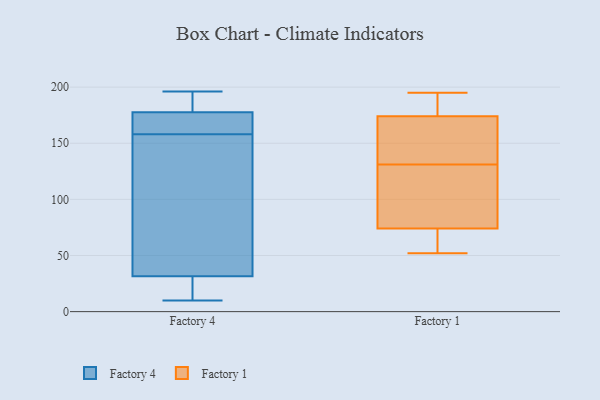
{"axis": {"x": "Temperature (°C)", "y": "Value"}, "legend": ["Factory 1", "Factory 4"], "data": [{"x": "", "y": 171, "type": "Factory 4"}, {"x": "", "y": 38, "type": "Factory 4"}, {"x": "", "y": 10, "type": "Factory 4"}, {"x": "", "y": 195, "type": "Factory 4"}, {"x": "", "y": 159, "type": "Factory 4"}, {"x": "", "y": 22, "type": "Factory 4"}, {"x": "", "y": 191, "type": "Factory 4"}, {"x": "", "y": 163, "type": "Factory 4"}, {"x": "", "y": 127, "type": "Factory 4"}, {"x": "", "y": 196, "type": "Factory 4"}, {"x": "", "y": 184, "type": "Factory 4"}, {"x": "", "y": 159, "type": "Factory 4"}, {"x": "", "y": 112, "type": "Factory 4"}, {"x": "", "y": 157, "type": "Factory 4"}, {"x": "", "y": 25, "type": "Factory 4"}, {"x": "", "y": 23, "type": "Factory 4"}, {"x": "", "y": 146, "type": "Factory 1"}, {"x": "", "y": 64, "type": "Factory 1"}, {"x": "", "y": 64, "type": "Factory 1"}, {"x": "", "y": 84, "type": "Factory 1"}, {"x": "", "y": 195, "type": "Factory 1"}, {"x": "", "y": 111, "type": "Factory 1"}, {"x": "", "y": 186, "type": "Factory 1"}, {"x": "", "y": 149, "type": "Factory 1"}, {"x": "", "y": 116, "type": "Factory 1"}, {"x": "", "y": 193, "type": "Factory 1"}, {"x": "", "y": 52, "type": "Factory 1"}, {"x": "", "y": 162, "type": "Factory 1"}]}